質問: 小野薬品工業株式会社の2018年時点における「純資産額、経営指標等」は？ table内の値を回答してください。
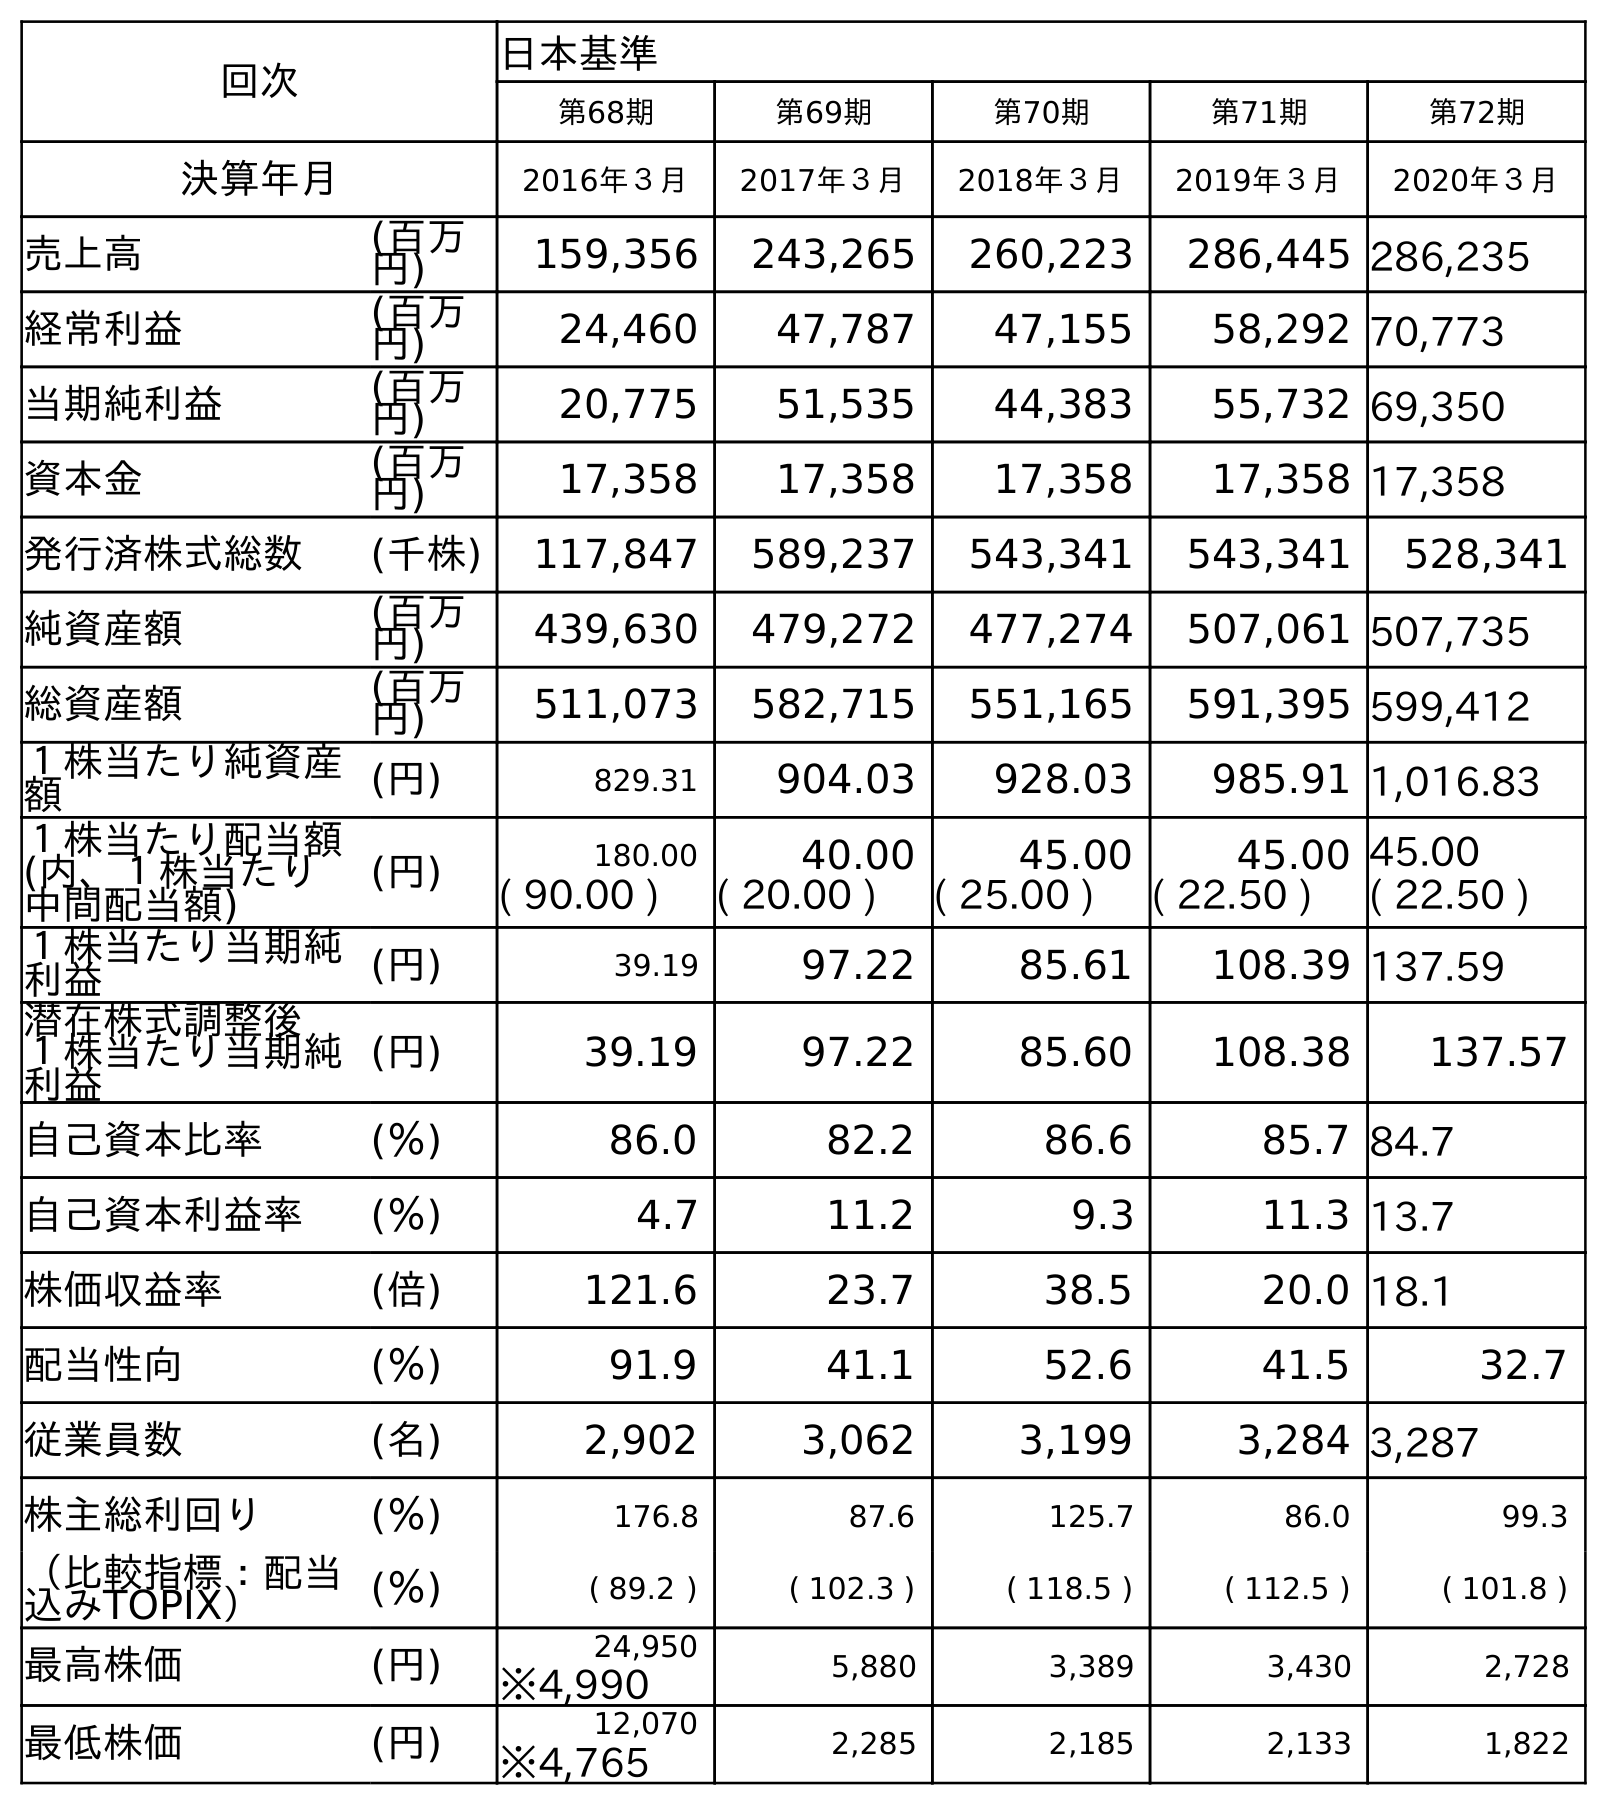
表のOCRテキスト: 回次 日本基準 第68期 第69期 第70期 第71期 第72期 決算年月 2016年３月 2017年３月 2018年３月 2019年３月 2020年３月 売上高 (百万 円) 159,356 243,265 260,223 286,445 286,235 経常利益 (百万 円) 24,460 47,787 47,155 58,292 70,773 当期純利益 (百万 円) 20,775 51,535 44,383 55,732 69,350 資本金 (百万 円) 17,358 17,358 17,358 17,358 17,358 発行済株式総数 (千株) 117,847 589,237 543,341 543,341 528,341 純資産額 (百万 円) 439,630 479,272 477,274 507,061 507,735 総資産額 (百万 円) 511,073 582,715 551,165 591,395 599,412 １株当たり純資産 額 (円) 829.31 904.03 928.03 985.91 1,016.83 １株当たり配当額 (内、１株当たり 中間配当額) (円) 180.00 40.00 45.00 45.00 45.00 ( 90.00 ) ( 20.00 ) ( 25.00 ) ( 22.50 ) ( 22.50 ) １株当たり当期純 利益 (円) 39.19 97.22 85.61 108.39 137.59 潜在株式調整後 １株当たり当期純 利益 (円) 39.19 97.22 85.60 108.38 137.57 自己資本比率 (％) 86.0 82.2 86.6 85.7 84.7 自己資本利益率 (％) 4.7 11.2 9.3 11.3 13.7 株価収益率 (倍) 121.6 23.7 38.5 20.0 18.1 配当性向 (％) 91.9 41.1 52.6 41.5 32.7 従業員数 (名) 2,902 3,062 3,199 3,284 3,287 株主総利回り (％) 176.8 87.6 125.7 86.0 99.3 （比較指標：配当 込みTOPIX） (％) ( 89.2 ) ( 102.3 ) ( 118.5 ) ( 112.5 ) ( 101.8 ) 最高株価 (円) 24,950 5,880 3,389 3,430 2,728 ※4,990 最低株価 (円) 12,070 2,285 2,185 2,133 1,822 ※4,765
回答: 477,274